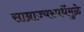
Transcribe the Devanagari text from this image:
साम्राज्यस्पर्धेमुळे